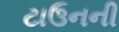
ટાઉનની